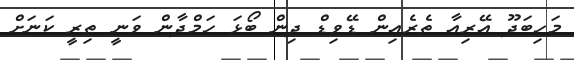
މަހިބަދޫ އޭރިއާ ތެރެއިން ޑޭވިޑް ދިން ބޯޅަ ހަމްދާން ވަނީ ތިރީ ކަނަށް